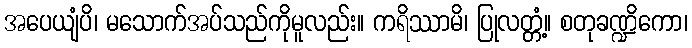
အပေယျံပိ၊ မသောက်အပ်သည်ကိုမူလည်း။ ကရိဿာမိ၊ ပြုလတ္တံ့။ စတုခဏ္ဍိကော၊